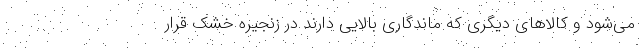
می‌شود و کالاهای دیگری که ماندگاری بالایی دارند در زنجیره خشک قرار